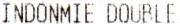
INDONMIE DOUBLE